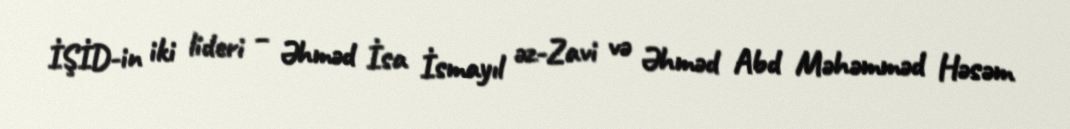
İŞİD-in iki lideri – Əhməd İsa İsmayıl əz-Zavi və Əhməd Abd Məhəmməd Həsəm